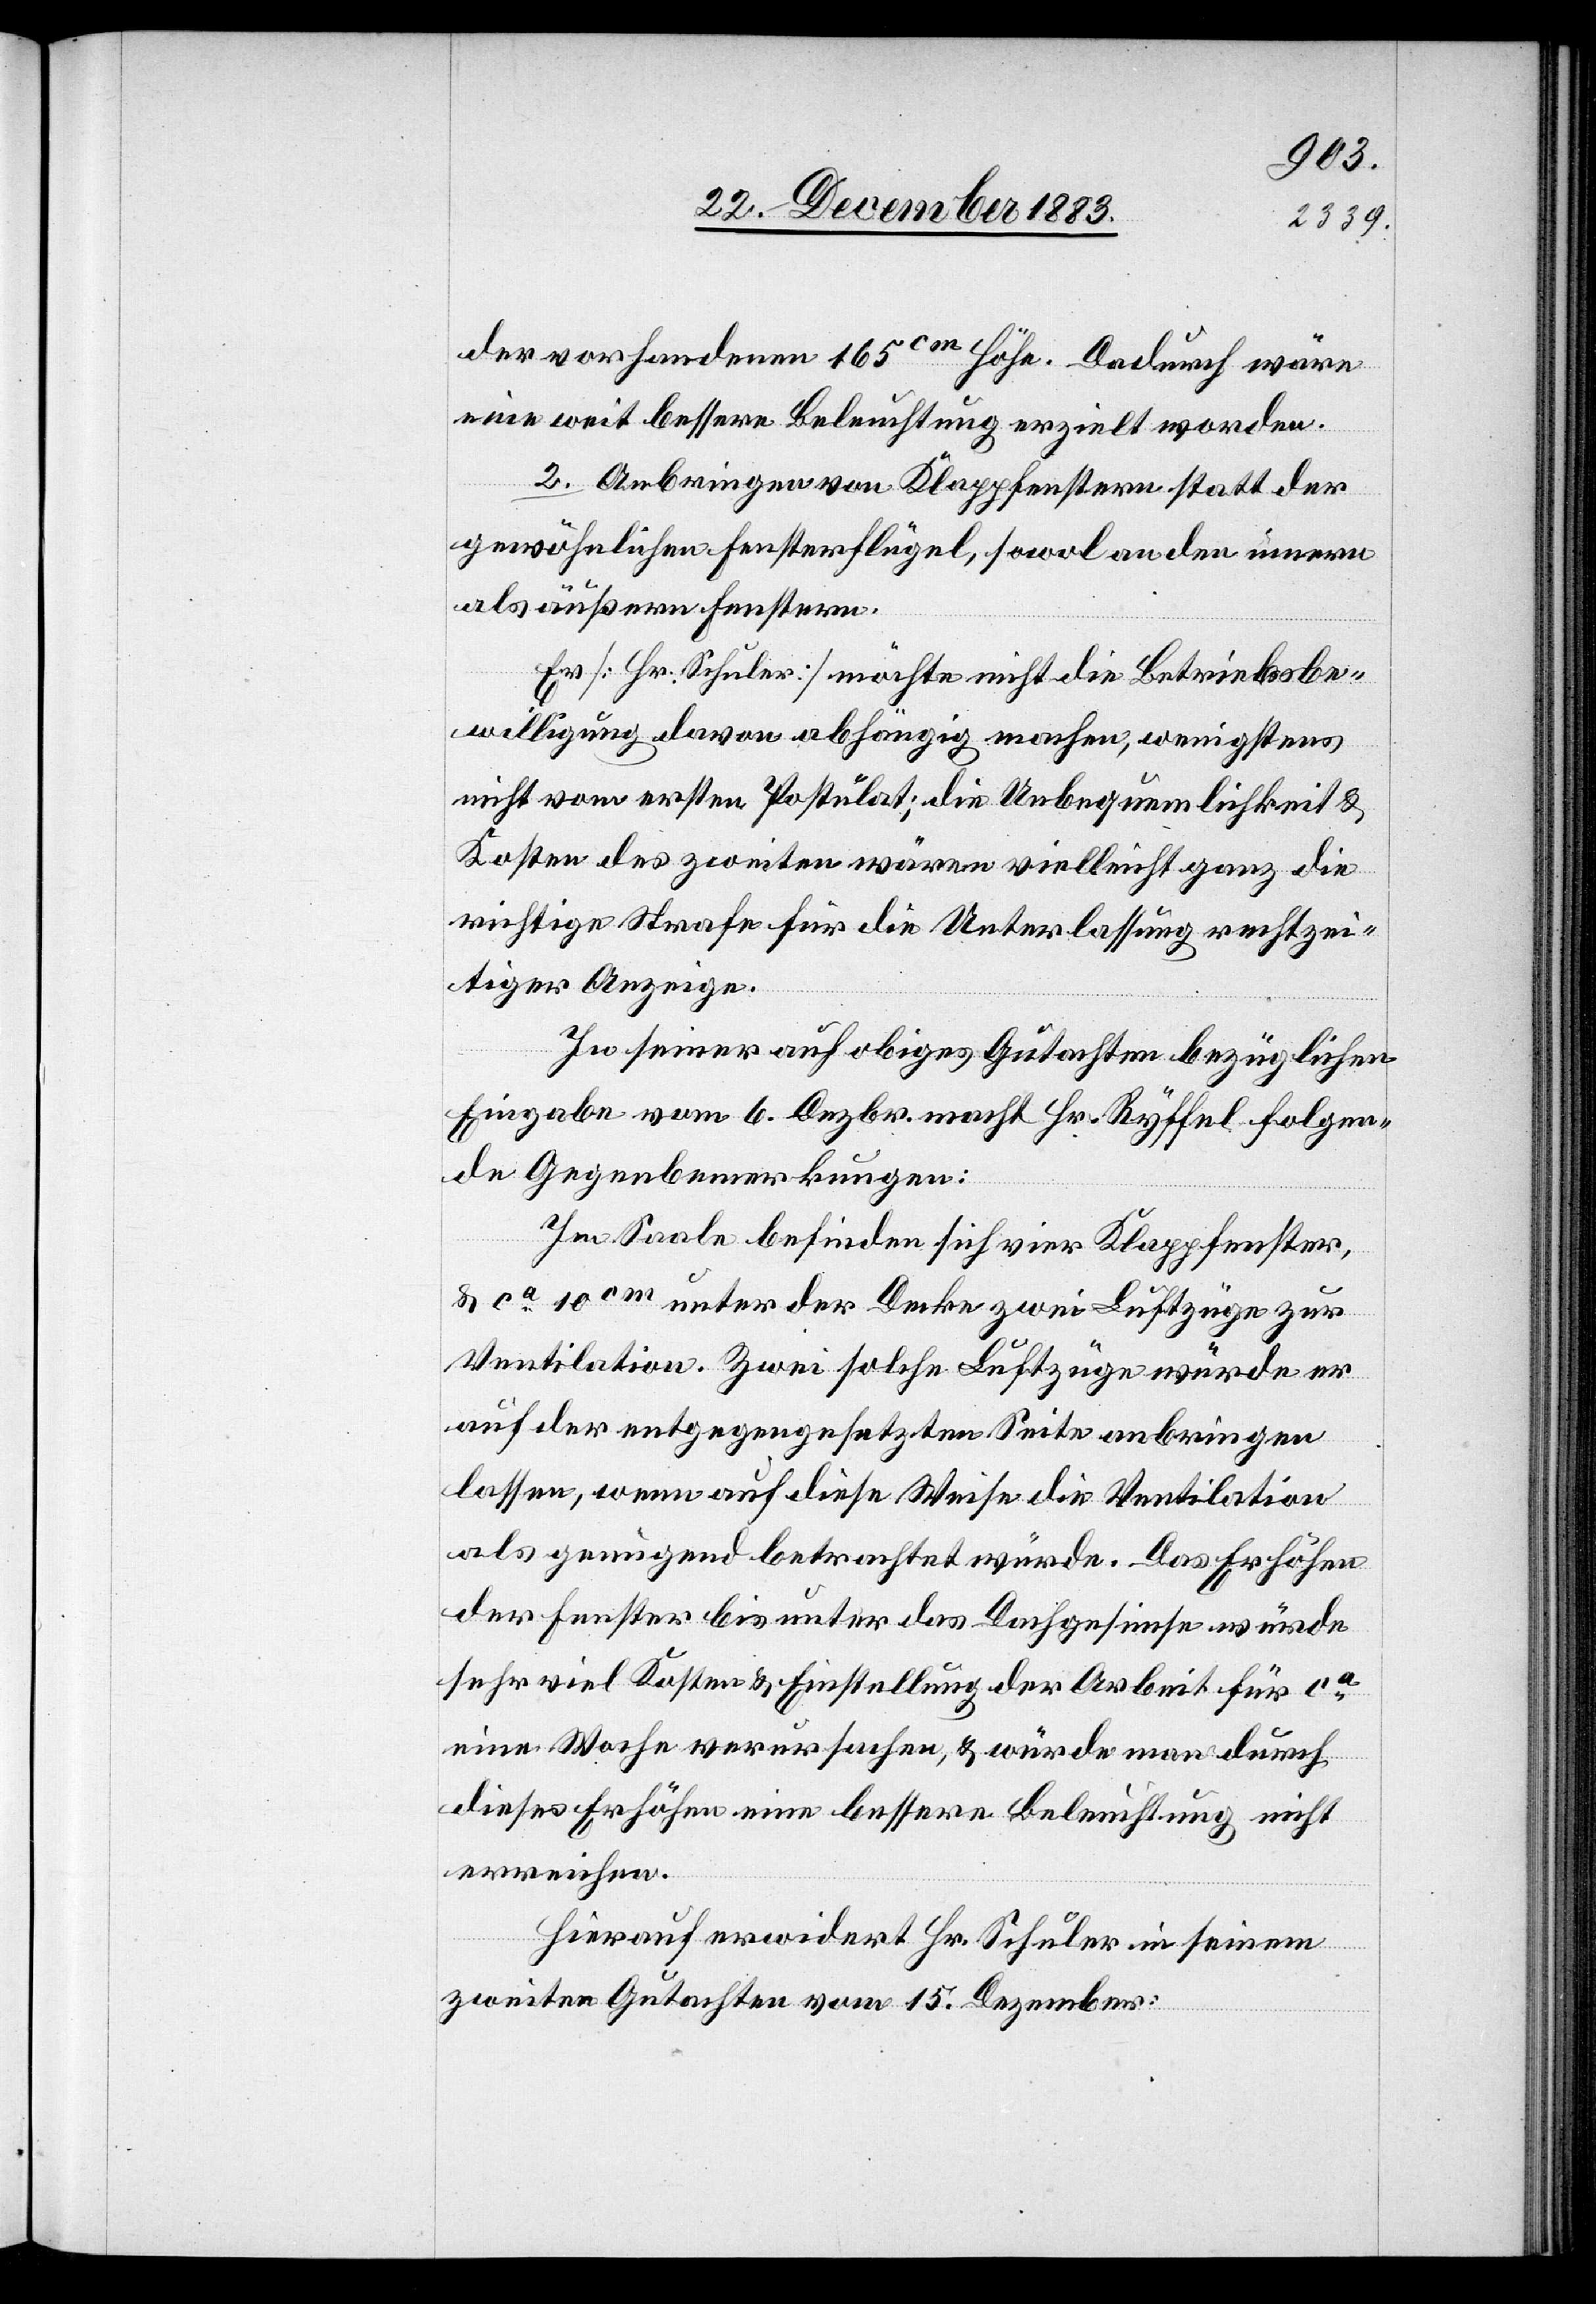
der vorhandenen 165cm Höhe. Dadurch wäre
eine weit bessere Beleuchtung erzielt worden.
2. Anbringen von Klappfenstern statt der
gewöhnlichen Fensterflügel, sowol an den innern
als äußern Fenstern.
Er [Schuler] möchte nicht die Betriebsbe¬
willigung davon abhängig machen, wenigstens
nicht vom ersten Postulat; die Unbequemlichkeit &
Kosten des zweiten wären vielleicht ganz die
richtige Strafe für die Unterlassung rechtzei¬
tiger Anzeige.
In seiner auf obiges Gutachten bezüglichen
Eingabe vom 6. Dezbr. macht Hr. Ryffel folgen¬
de Gegenbemerkungen:
Im Saale befinden sich vier Klappfenster,
& ca 10cm unter der Decke zwei Luftzüge zur
Ventilation. Zwei solche Luftzüge würde er
auf der entgegengesetzten Seite anbringen
lassen, wenn auf diese Weise die Ventilation
als genügend betrachtet würde. Das Erhöhen
der Fenster bis unter das Dachgesimse würde
sehr viel Kosten & Einstellung der Arbeit für ca
eine Woche verursachen, & würde man durch
dieses Erhöhen eine bessere Beleuchtung nicht
erreichen.
Hierauf erwidert Hr. Schuler in seinem
zweiten Gutachten vom 15. Dezember: